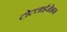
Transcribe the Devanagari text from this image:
टोटलाईजेशन